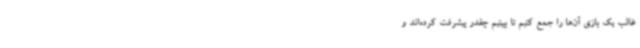
غالب یک بازی آن‌ها را جمع کنیم تا ببینیم‌ چقدر پیشرفت کرده‌اند و